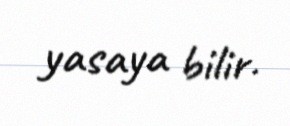
yasaya bilir.